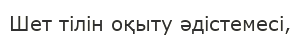
Шет тілін оқыту әдістемесі,